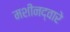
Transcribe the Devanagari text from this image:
मशीनद्वारे